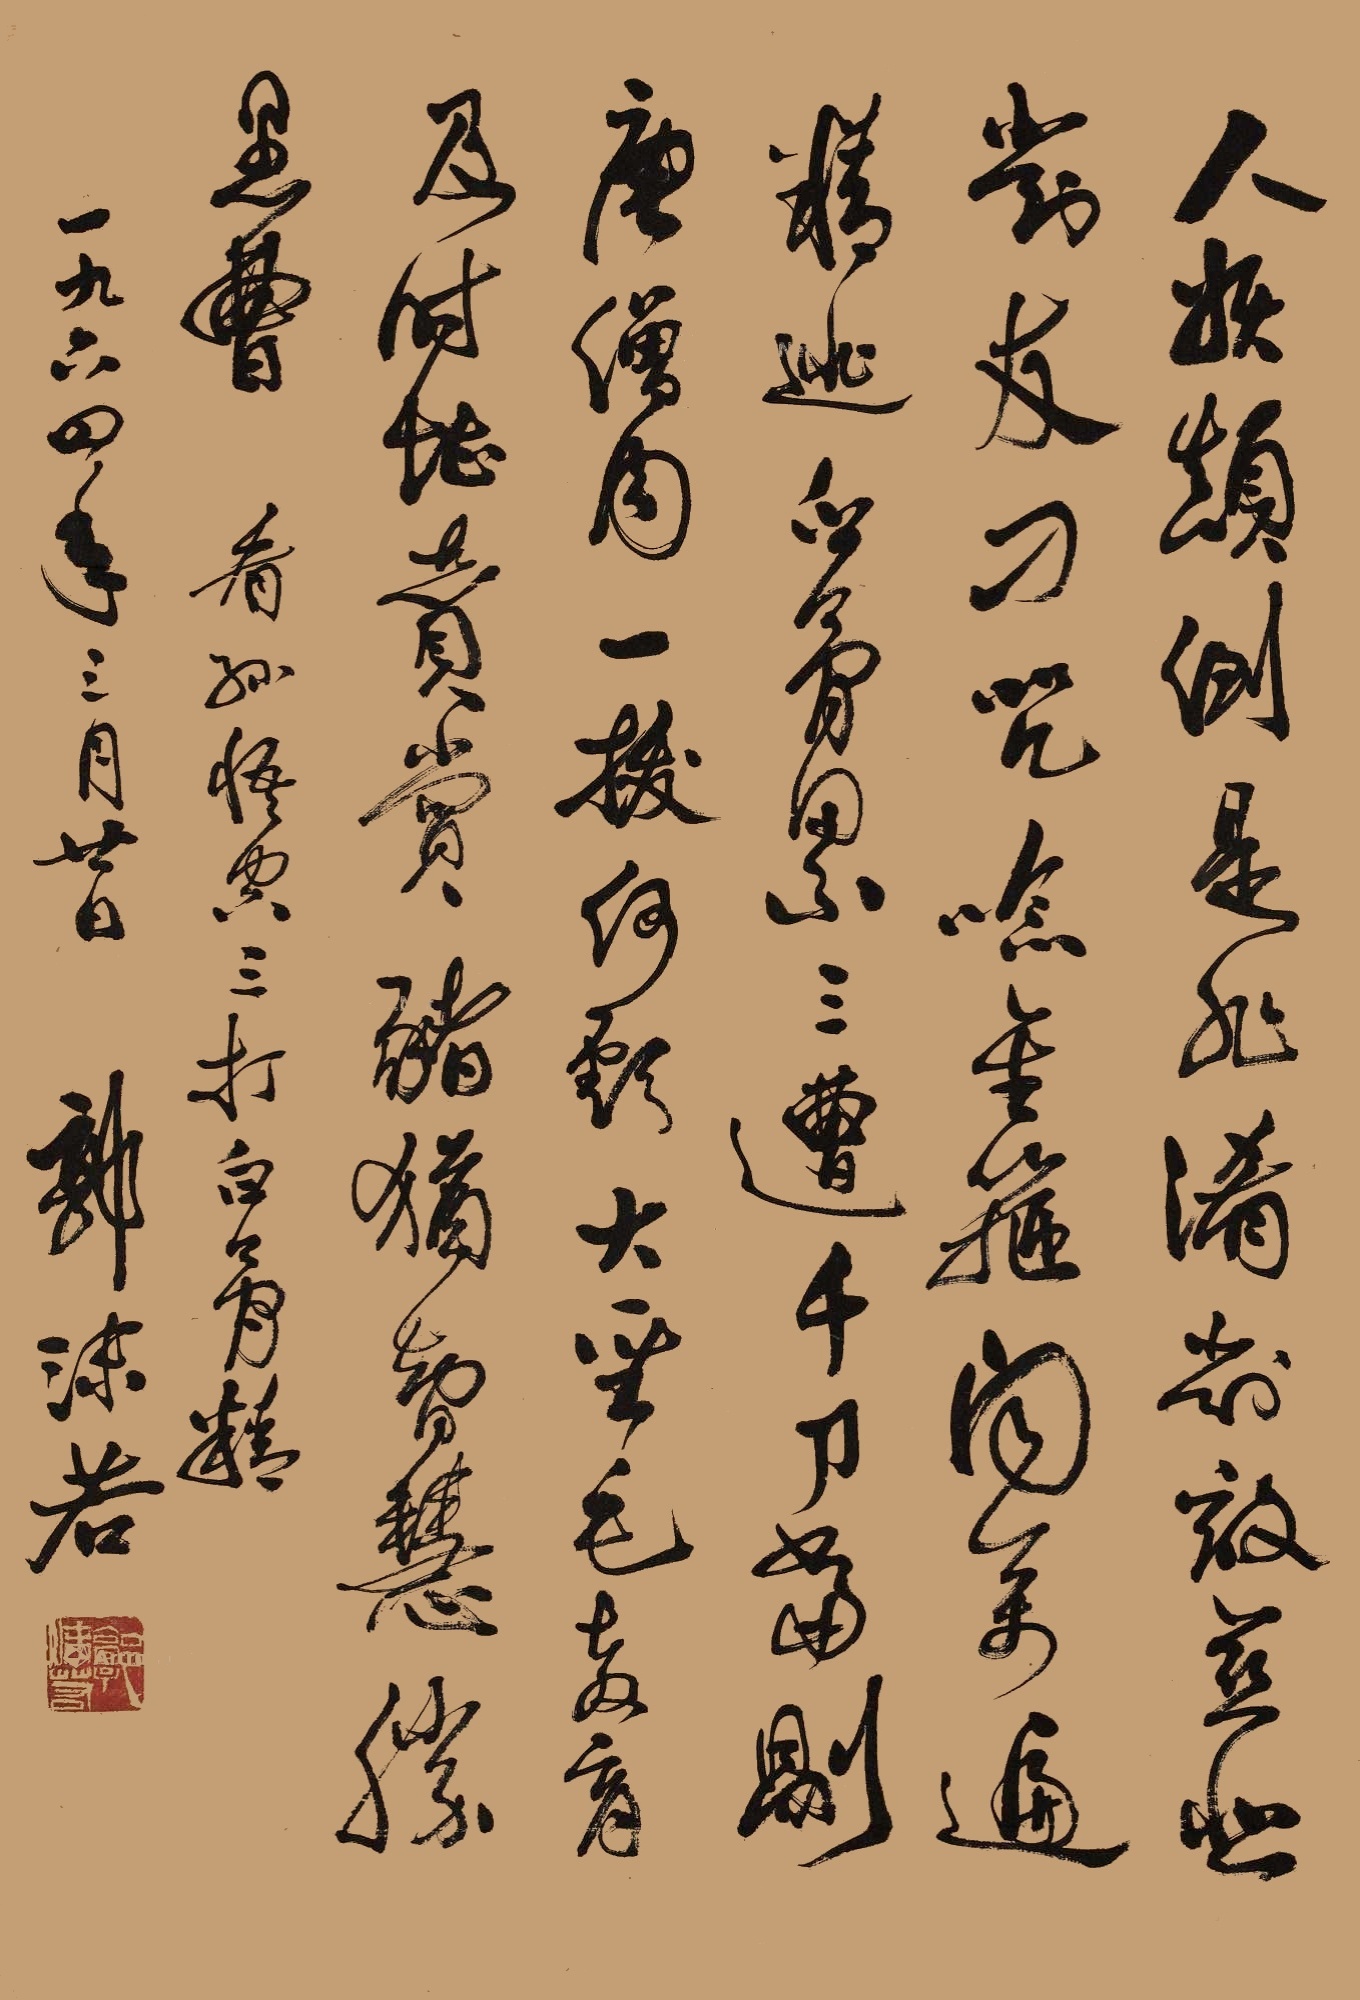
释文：人妖颠倒是非淆，对敌慈悲对友刁。咒念金箍闻万遍，精逃白骨累三遭。千刀当剐唐僧肉，一拔何亏大圣毛。教育及时堪赞赏，猪犹智慧胜愚曹。看孙悟空三打白骨精，一九六四年三月廿日，郭沫若。